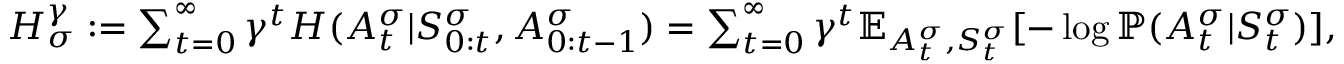
\begin{array} { r } { H _ { \sigma } ^ { \gamma } : = \sum _ { t = 0 } ^ { \infty } \gamma ^ { t } H ( A _ { t } ^ { \sigma } | S _ { 0 : t } ^ { \sigma } , A _ { 0 : t - 1 } ^ { \sigma } ) = \sum _ { t = 0 } ^ { \infty } \gamma ^ { t } \mathbb { E } _ { A _ { t } ^ { \sigma } , S _ { t } ^ { \sigma } } [ - \log \mathbb { P } ( A _ { t } ^ { \sigma } | S _ { t } ^ { \sigma } ) ] , } \end{array}